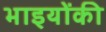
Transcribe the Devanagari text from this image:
भाइयोंकी